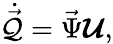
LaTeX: \dot{\vec{\mathcal{Q}}}=\vec{\Psi}\boldsymbol{\mathcal U},